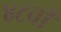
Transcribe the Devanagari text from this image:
४८वाँ